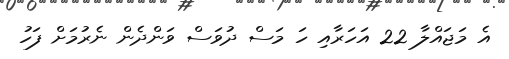
އެ މަޖައްލާ 22 އަހަރާއި ހަ މަސް ދުވަސް ވަންދެން ނެރުމަށް ފަހު